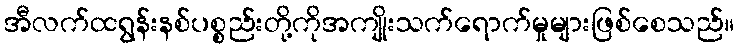
အီလက်ထရွန်းနစ်ပစ္စည်းတို့ကိုအကျိုးသက်ရောက်မှုများဖြစ်စေသည်။